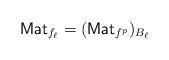
LaTeX: \begin{align*}\mathsf{Mat}_{f_\ell}=(\mathsf{Mat}_{f^p})_{B_\ell}\end{align*}